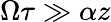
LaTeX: \Omega\tau\gg\alpha z